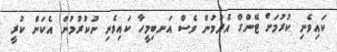
ކައިވެނި ކުރުމަށް ޓޭންގް އެދުމުން ވެސް އަނބިމީހާ ކައިވެނި ނުކުރުމުން އެކަން ކުރީ